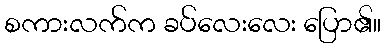
စကားလက်က ခပ်လေးလေး ပြော၏။